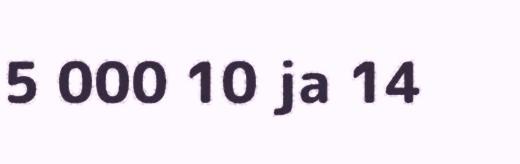
5 000 10 ja 14